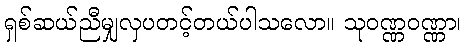
ရှစ်ဆယ်ညီမျှလှပတင့်တယ်ပါသလော။ သုဝဏ္ဏဝဏ္ဏာ၊